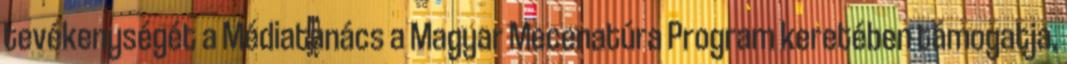
tevékenységét a Médiatanács a Magyar Mecenatúra Program keretében támogatja.